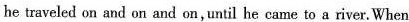
he traveled on and on and on,until he came to a river.When